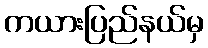
ကယားပြည်နယ်မှ